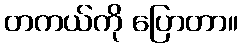
တကယ်ကို ပြောတာ။